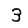
Digit: 3